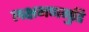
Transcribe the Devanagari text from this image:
लक्षमणगुडि